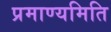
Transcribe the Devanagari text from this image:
प्रमाण्यमिति